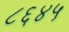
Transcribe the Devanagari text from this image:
८६४५